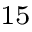
^ { 1 5 }